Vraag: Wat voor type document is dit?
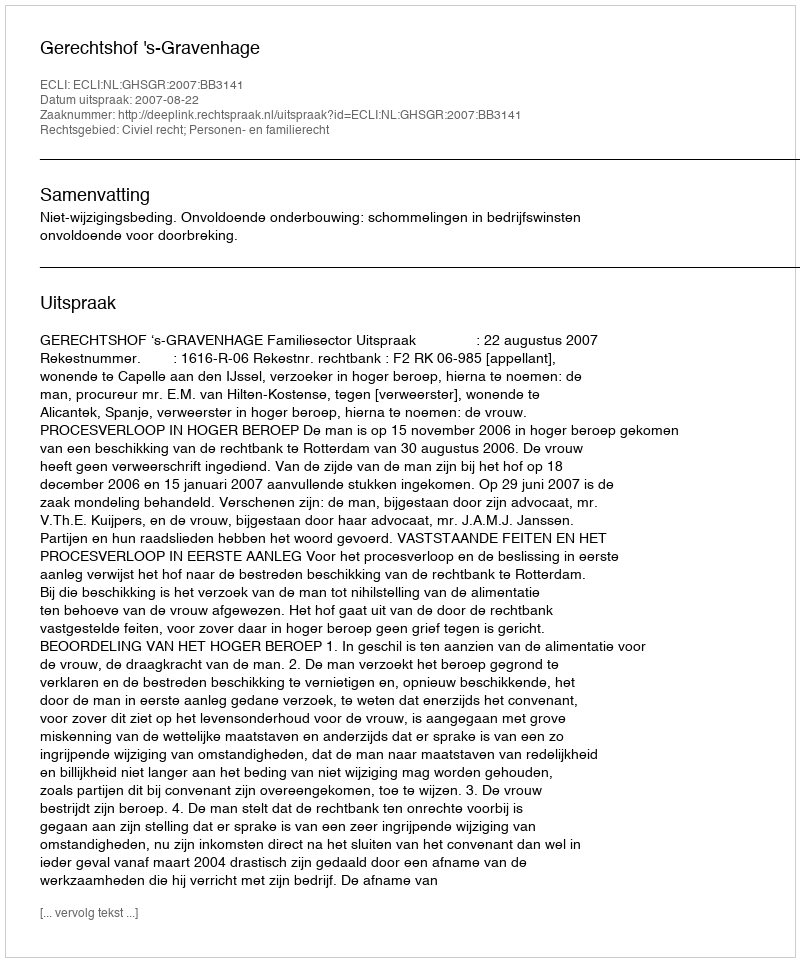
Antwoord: Uitspraak